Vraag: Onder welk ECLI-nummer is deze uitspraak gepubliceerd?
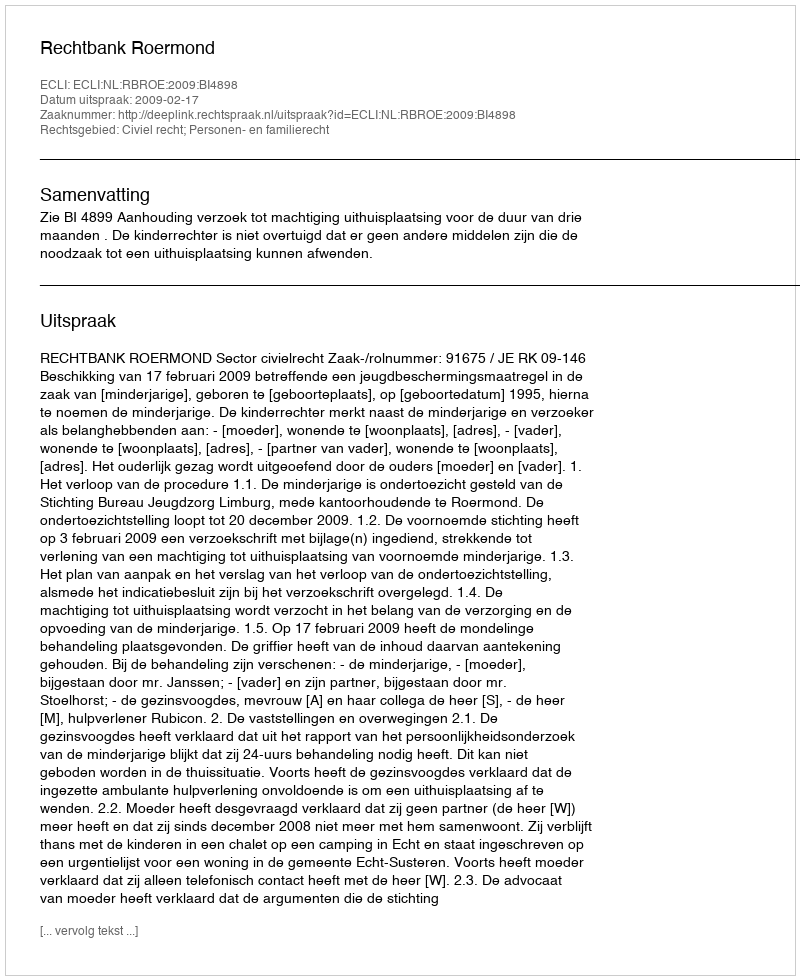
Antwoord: ECLI:NL:RBROE:2009:BI4898